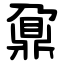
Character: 鼐